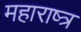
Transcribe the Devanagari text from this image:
महाराष्त्र